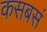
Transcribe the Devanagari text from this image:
कसबसं